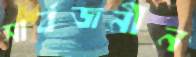
সার্বজনীন